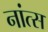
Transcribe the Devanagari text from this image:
नांत्स